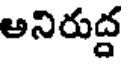
అనిరుద్ద